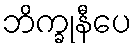
ဘိက္ခုနီပေ